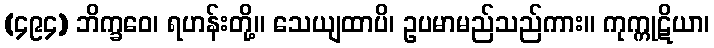
(၄၉၄) ဘိက္ခဝေ၊ ရဟန်းတို့။ သေယျထာပိ၊ ဥပမာမည်သည်ကား။ ကုက္ကုဋိယာ၊